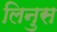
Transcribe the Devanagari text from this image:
लिनुस